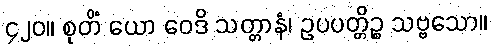
၄၂၀။ စုတိံ ယော ဝေဒိ သတ္တာနံ၊ ဥပပတ္တိဉ္စ သဗ္ဗသော။